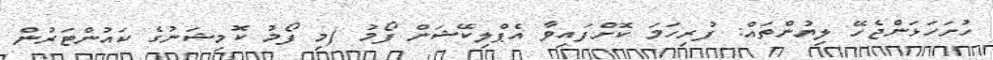
ހުށަހަޅަންޖެހޭ ލިޔުންތައް: ފުރިހަމަ ކޮށްފައިވާ އެޕްލިކޭޝަން ފޯމު (މި ފޯމު ކޮމިޝަނުގެ ކައުންޓަރުން